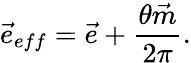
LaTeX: \vec{e}_{eff}=\vec{e}+\frac{\theta\vec{m}}{2\pi}.